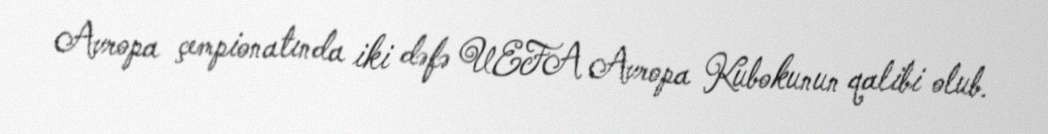
Avropa çempionatında iki dəfə UEFA Avropa Kubokunun qalibi olub.